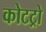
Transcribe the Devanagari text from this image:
कोटट्रो